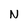
Character: N